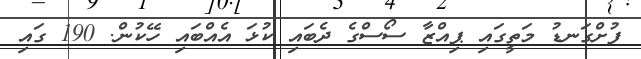
ފުށްގަނޑު މަތީގައި ޕިއްޒާ ސޯސްގެ ދެބައި ކުޅަ އެއްބައި ހޭކުން. 190 ގައި